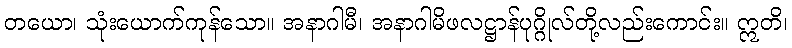
တယော၊ သုံးယောက်ကုန်သော။ အနာဂါမီ၊ အနာဂါမိဖလဋ္ဌာန်ပုဂ္ဂိုလ်တို့လည်းကောင်း။ ဣတိ၊